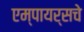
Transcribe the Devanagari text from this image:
एम्पायर्सचे